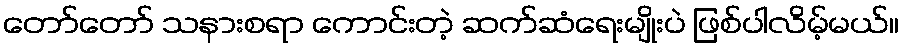
တော်တော် သနားစရာ ကောင်းတဲ့ ဆက်ဆံရေးမျိုးပဲ ဖြစ်ပါလိမ့်မယ်။